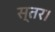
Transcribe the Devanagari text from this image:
स्तर।